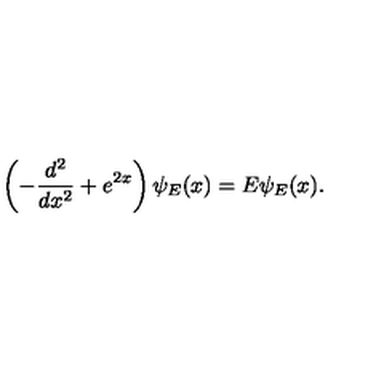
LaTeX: \left( - \frac { d ^ { 2 } } { d x ^ { 2 } } + e ^ { 2 x } \right) \psi _ { E } ( x ) = E \psi _ { E } ( x ) .